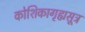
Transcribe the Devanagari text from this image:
कोशिकागृह्यसूत्र